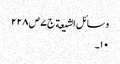
وسائل الشیعة ج٧ ص ٢٢٨
١٠۔